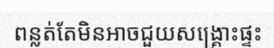
ពន្លត់តែមិនអាចជួយសង្គ្រោះផ្ទះ